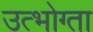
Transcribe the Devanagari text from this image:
उत्भोग्ता